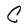
Character: C